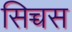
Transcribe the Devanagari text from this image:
सिच्चस